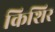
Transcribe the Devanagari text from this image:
किशिर